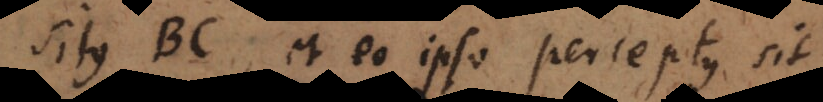
situs BC, et eo ipso perceptus sit